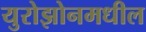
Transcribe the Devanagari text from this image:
युरोझोनमधील